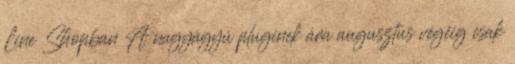
Line Shopban A nagyágyú pluginek ára augusztus végéig csak